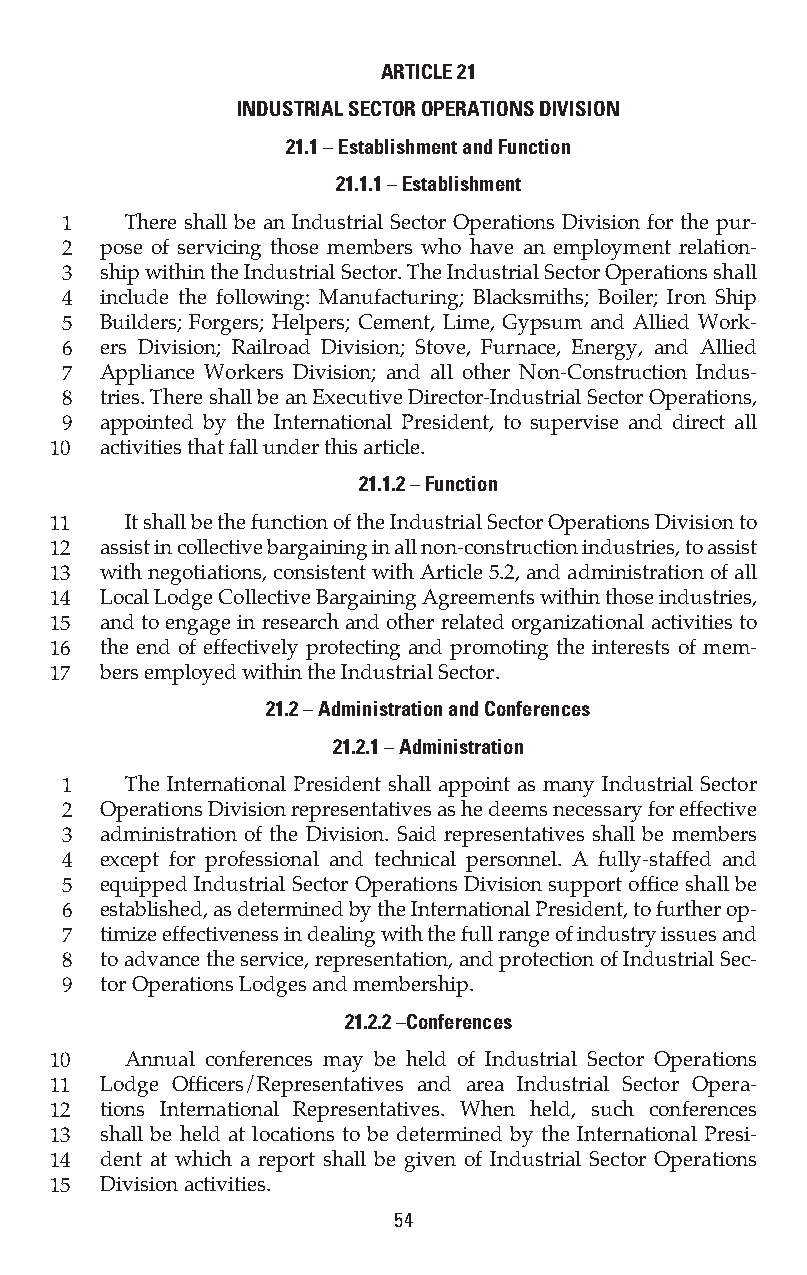
ARTICLE 21
 INDUSTRIAL SECTOR OPERATIONS DIVISION
 21.1 – Establishment and Function
 21.1.1 – Establishment
 1   There shall be an Industrial Sector Operations Division for the pur-
 2  pose of servicing those members who have an employment relation-
 3  ship within the Industrial Sector. The Industrial Sector Operations shall
 4  include the following: Manufacturing; Blacksmiths; Boiler; Iron Ship
 5  Builders; Forgers; Helpers; Cement, Lime, Gypsum and Allied Work-
 6  ers Division; Railroad Division; Stove, Furnace, Energy, and Allied
 7  Appliance Workers Division; and all other Non-Construction Indus-
 8  tries. There shall be an Executive Director-Industrial Sector Operations,
 9  appointed by the International President, to supervise and direct all
 10  activities that fall under this article.
 21.1.2 – Function
 11   It shall be the function of the Industrial Sector Operations Division to
 12  assist in collective bargaining in all non-construction industries, to assist
 13  with negotiations, consistent with Article 5.2, and administration of all
 14  Local Lodge Collective Bargaining Agreements within those industries,
 15  and to engage in research and other related organizational activities to
 16  the end of effectively protecting and promoting the interests of mem-
 17  bers employed within the Industrial Sector.
 21.2 – Administration and Conferences
 21.2.1 – Administration
 1   The International President shall appoint as many Industrial Sector
 2  Operations Division representatives as he deems necessary for effective
 3  administration of the Division. Said representatives shall be members
 4  except for professional and technical personnel. A fully-staffed and
 5  equipped Industrial Sector Operations Division support office shall be
 6  established, as determined by the International President, to further op-
 7  timize effectiveness in dealing with the full range of industry issues and
 8  to advance the service, representation, and protection of Industrial Sec-
 9  tor Operations Lodges and membership.
 21.2.2 –Conferences
 10   Annual conferences may be held of Industrial Sector Operations
 11  Lodge Officers/Representatives and area Industrial Sector Opera-
 12  tions International Representatives. When held, such conferences
 13  shall be held at locations to be determined by the International Presi-
 14  dent at which a report shall be given of Industrial Sector Operations
 15  Division activities.
 54